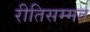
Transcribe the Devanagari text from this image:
रीतिसम्मत